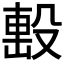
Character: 𣪠